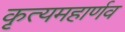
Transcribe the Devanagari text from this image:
कृत्यमहार्णव